system: You are a helpful assistant.
user:
Analyze the provided spectrum to determine if it is a **Carbon Star (C-type)**.

- **Key Visual Indicators of Carbon Star:**
    - **(Primary):** Strong molecular absorption from **C₂ (diatomic carbon) "Swan Bands."** This is the **defining feature** of a carbon star.
        - **(Key Bandheads):** Sharp absorption edges are visible at approximately $5635$ Å, $5165$ Å (the strongest band), and $4737$ Å.
        - **(Line Profile):** Creates a distinct **"saw-tooth"** pattern. The key morphology is a sharp, steep bandhead on the **red (long-wavelength) side**, which then gradually tapers off (i.e., flux recovers) towards the **blue (short-wavelength) side**. *(This is the direct opposite of the TiO bands seen in M-type stars)*.

    - **(Secondary):** Intense **CN (cyanogen)** molecular absorption bands.
        - **(Key Bandheads):** Located in the blue and violet regions of the spectrum (e.g., near $4215$ Å and $3883$ Å).
        - **(Morphology):** These bands are extremely broad and act as a "blanket," absorbing the vast majority of blue and violet light. This creates a characteristic **"cliff"** or **"steep drop-off"** in the spectrum's flux at short wavelengths.

    - **(Key Confirmation):** Strong **CH absorption band (G-band)**.
        - **(Key Bandhead):** Located around $4300$ Å. The contribution from CH molecules to this band is exceptionally strong.

    - **(Overall Spectrum):**
        - The continuum is severely "chopped up" by these deep molecular bands, especially C₂, rather than appearing as a smooth curve.
        - Due to the heavy CN and C₂ absorption in the blue-green, the vast majority of the star's flux is concentrated in the red part of the spectrum, giving the star its characteristic deep red color.

Think first, call **spectral_visualization_tool** if needed to examine features in detail, then provide your final answer. Your response must adhere to the following strict rules:
1.  **Overall Structure:** Your response must follow the format `<think>...</think> <tool_call>...</tool_call> (if a tool is used) <answer>...</answer>`.
2.  **Tool Usage Constraint:** You may only make **one** tool call per turn.
3.  **Final Answer Format:** In the `<answer>` tag, your conclusion must be inside a `\boxed{}` command (e.g., `\boxed{YES}`), followed by your justification.

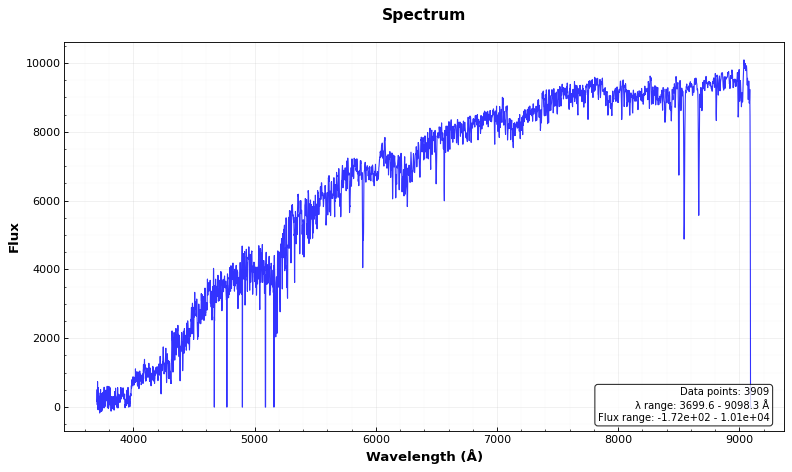
Answer: NO